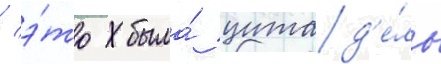
/ э́то была́ цитад'е́ль